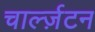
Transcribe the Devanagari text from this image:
चार्ल्ज़टन